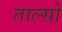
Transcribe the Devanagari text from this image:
ताल्सो